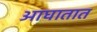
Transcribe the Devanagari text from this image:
आघातात